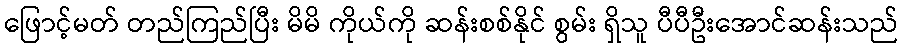
ဖြောင့်မတ် တည်ကြည်ပြီး မိမိ ကိုယ်ကို ဆန်းစစ်နိုင် စွမ်း ရှိသူ ပီပီဦးအောင်ဆန်းသည်